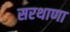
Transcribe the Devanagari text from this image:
सरथाणा